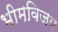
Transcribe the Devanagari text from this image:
भीमविजय